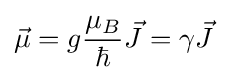
{\vec {\mu }}=g{\frac {\mu _{B}}{\hbar }}{\vec {J}}=\gamma {\vec {J}}